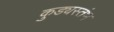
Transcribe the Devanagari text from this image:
कुड्यस्तंभ